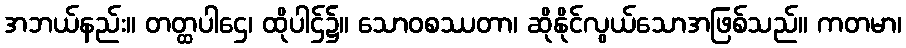
အဘယ်နည်း။ တတ္ထပါဌေ၊ ထိုပါဌ်၌။ သောဝစဿတာ၊ ဆိုနိုင်လွယ်သောအဖြစ်သည်။ ကတမာ၊